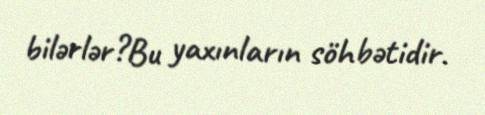
bilərlər?Bu yaxınların söhbətidir.